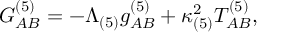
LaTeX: G _ { A B } ^ { ( 5 ) } = - \Lambda _ { ( 5 ) } g _ { A B } ^ { ( 5 ) } + \kappa _ { ( 5 ) } ^ { 2 } T _ { A B } ^ { ( 5 ) } ,